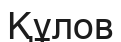
Құлов